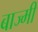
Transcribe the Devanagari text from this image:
बाज्मी